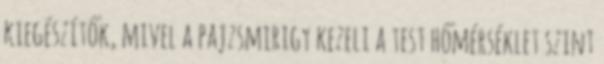
kiegészítők, mivel a pajzsmirigy kezeli a test hőmérséklet szint